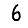
Digit: 6